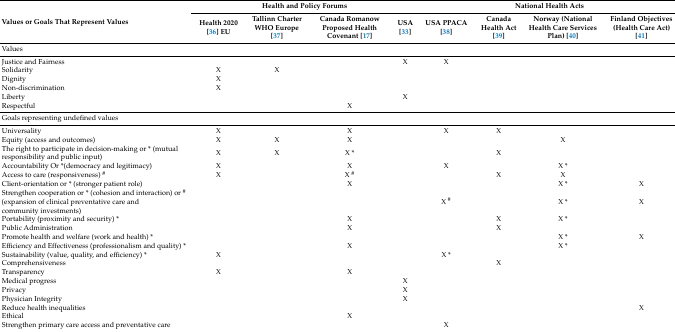
| <ROWSPAN=2> Values or Goals That Represent Values | <COLSPAN=4> Health and Policy Forums | <COLSPAN=4> National Health Acts |
 | Health 2020 [36] EU | Tallinn Charter WHO Europe [37] | Canada Romanow Proposed Health Covenant [17] | USA [33] | USA PPACA [38] | Canada Health Act [39] | Norway (National Health Care Services Plan) [40] | Finland Objectives (Health Care Act) [41] |
 | --- | --- | --- | --- | --- | --- | --- | --- | --- |
 | <COLSPAN=9> Values |
 | Justice and Fairness |  |  |  | X | X |  |  |  |
 | Solidarity | X | X |  |  |  |  |  |  |
 | Dignity | X |  |  |  |  |  |  |  |
 | Non-discrimination | X |  |  |  |  |  |  |  |
 | Liberty |  |  |  | X |  |  |  |  |
 | Respectful |  |  | X |  |  |  |  |  |
 | <COLSPAN=5> Goals representing undefined values | <COLSPAN=4>  |
 | Universality | X |  | X |  | X | X |  |  |
 | Equity (access and outcomes) | X | X | X |  |  |  | X |  |
 | The right to participate in decision-making or * (mutual responsibility and public input) | X | X | X * |  |  | X |  |  |
 | Accountability Or *(democracy and legitimacy) | X |  | X |  | X |  | X * |  |
 | Access to care (responsiveness) # | X |  | X # |  |  | X | X |  |
 | Client-orientation or * (stronger patient role) |  |  | X |  |  |  | X * | X |
 | Strengthen cooperation or * (cohesion and interaction) or # (expansion of clinical preventative care and community investments) |  |  |  |  | X # |  | X * | X |
 | Portability (proximity and security) * |  |  | X |  |  | X | X * |  |
 | Public Administration |  |  | X |  |  | X |  |  |
 | Promote health and welfare (work and health) * |  |  |  |  |  |  | X * | X |
 | Efficiency and Effectiveness (professionalism and quality) * |  |  | X |  |  |  | X * |  |
 | Sustainability (value, quality, and efficiency) * | X |  |  |  | X * |  |  |  |
 | Comprehensiveness |  |  |  |  |  | X |  |  |
 | Transparency | X |  | X |  |  |  |  |  |
 | Medical progress |  |  |  | X |  |  |  |  |
 | Privacy |  |  |  | X |  |  |  |  |
 | Physician Integrity |  |  |  | X |  |  |  |  |
 | Reduce health inequalities |  |  |  |  |  |  |  | X |
 | Ethical |  |  | X |  |  |  |  |  |
 | Strengthen primary care access and preventative care |  |  |  |  | X |  |  |  |